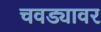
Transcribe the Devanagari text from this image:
चवड्यावर